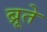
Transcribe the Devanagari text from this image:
ब्रूते